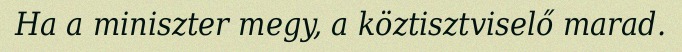
Ha a miniszter megy, a köztisztviselő marad.